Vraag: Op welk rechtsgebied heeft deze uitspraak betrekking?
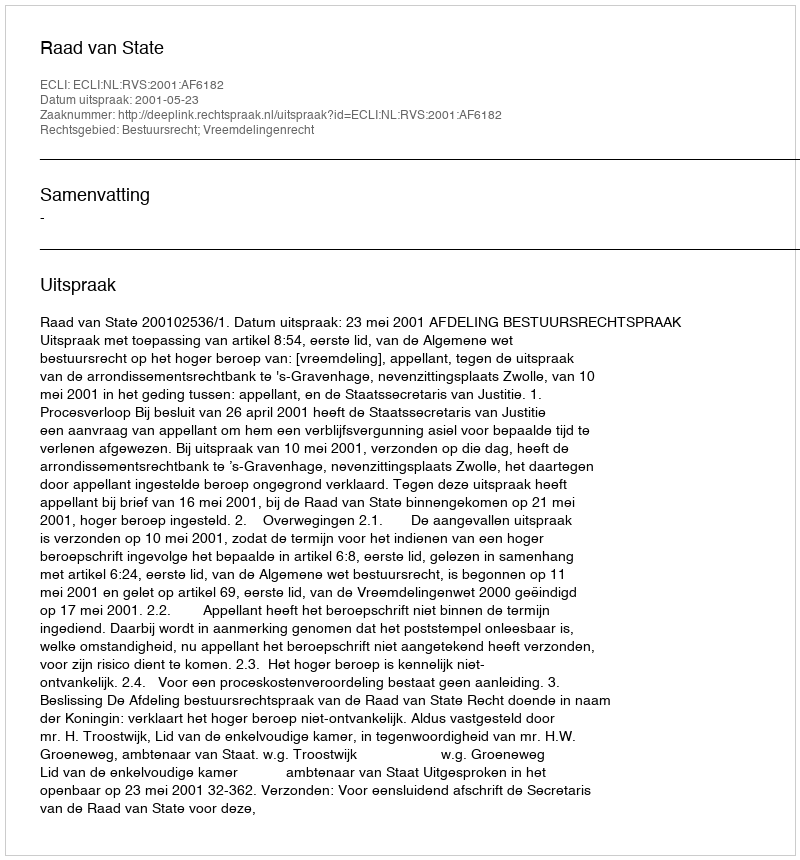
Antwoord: Bestuursrecht; Vreemdelingenrecht